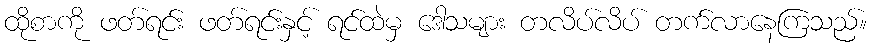
ထိုစာကို ဖတ်ရင်း ဖတ်ရင်းနှင့် ရင်ထဲမှ ဒေါသများ တလိပ်လိပ် တက်လာနေကြသည်။